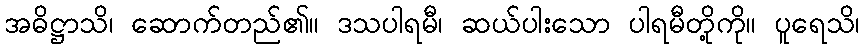
အဓိဋ္ဌာသိ၊ ဆောက်တည်၏။ ဒသပါရမီ၊ ဆယ်ပါးသော ပါရမီတို့ကို။ ပူရေသိ၊